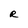
Character: R